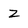
Character: Z